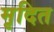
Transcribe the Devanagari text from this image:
मृदित